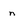
Character: n